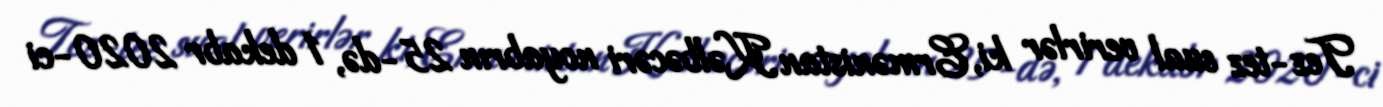
Tez-tez sual verirlər ki, Ermənistan Kəlbəcəri noyabrın 25-də, 1 dekabr 2020-ci